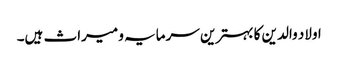
اولاد والدین کا بہترین سرمایہ و میراث ہیں۔